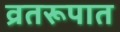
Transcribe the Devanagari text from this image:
व्रतरूपात